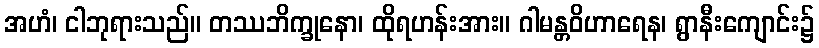
အဟံ၊ ငါဘုရားသည်။ တဿဘိက္ခုနော၊ ထိုရဟန်းအား။ ဂါမန္တဝိဟာရေန၊ ရွာနီးကျောင်း၌